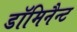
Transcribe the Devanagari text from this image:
डॉमिनैन्ट